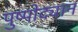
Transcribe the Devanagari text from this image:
पुष्पोद्यान